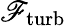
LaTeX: \mathscr{F}_{\mathrm{{turb}}}